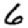
Digit: 6